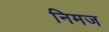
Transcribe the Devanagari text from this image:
निमज